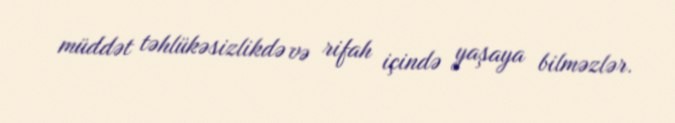
müddət təhlükəsizlikdə və rifah içində yaşaya bilməzlər.